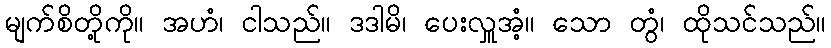
မျက်စိတို့ကို။ အဟံ၊ ငါသည်။ ဒဒါမိ၊ ပေးလှူအံ့။ သော တွံ၊ ထိုသင်သည်။